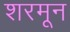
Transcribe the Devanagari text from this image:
शरमून